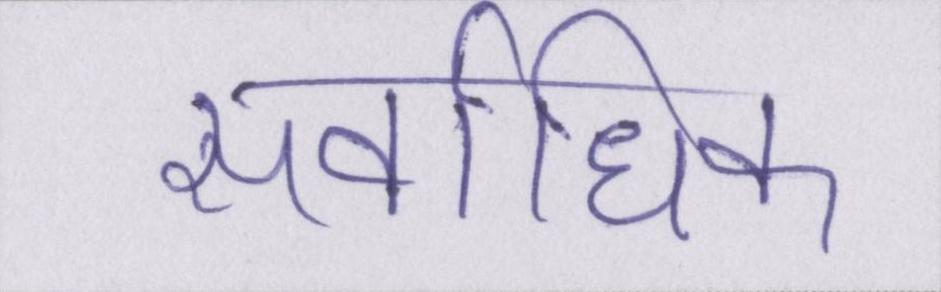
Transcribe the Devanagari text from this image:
सर्वाधिक